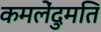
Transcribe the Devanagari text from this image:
कमलेंदुमति